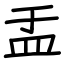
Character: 盂